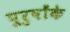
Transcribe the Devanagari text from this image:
पुरुषोंके